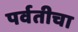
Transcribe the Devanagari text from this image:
पर्वतीचा